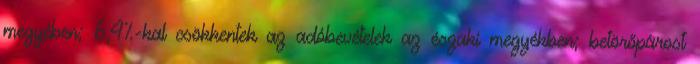
megyében; 6,4%-kal csökkentek az adóbevételek az északi megyékben; betörőpárost